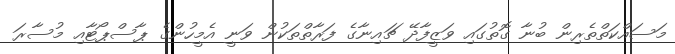
މަސައްކަތްތެރިން ބުނާ ގޮތުގައި ވަޒީފާދޭ ޗައިނާގެ ފަރާތްތަކުން ވަނީ އެމީހުންގެ ޕާސްޕޯޓާއި މުސާރަ